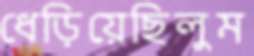
ধেড়িয়েছিলুম